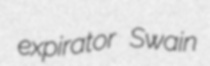
expirator Swain